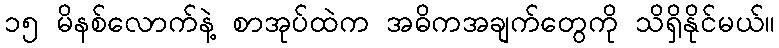
၁၅ မိနစ်လောက်နဲ့ စာအုပ်ထဲက အဓိကအချက်တွေကို သိရှိနိုင်မယ်။